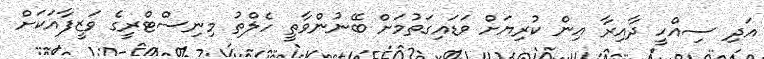
އަދި ސިއްހީ ދާއިރާ އިން ކުރިޔަށް ވަޑައިގަތުމަށް ބޭނުންވާތީ ހެލްތު މިނިސްޓްރީގެ ވަޒީފާއަކަށް